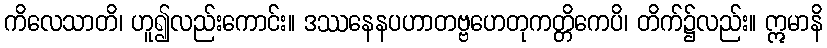
ကိလေသာတိ၊ ဟူ၍လည်းကောင်း။ ဒဿနေနပဟာတဗ္ဗဟေတုကတ္တိကေပိ၊ တိက်၌လည်း။ ဣမာနိ